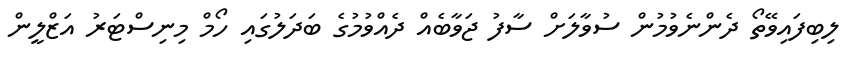
ލިބިފައިވޭތޯ ދެންނެވުމުން ސުވާލަށް ސާފު ޖަވާބެއް ދެއްވުމުގެ ބަދަލުގައި ހޯމް މިނިސްޓަރު އަޒްލީން